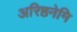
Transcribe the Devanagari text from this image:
अरिष्ठनेमि